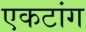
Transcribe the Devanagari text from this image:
एकटांग